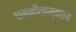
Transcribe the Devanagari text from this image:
घननीलाम्बराय